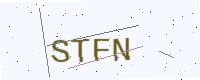
Text: STFN